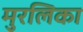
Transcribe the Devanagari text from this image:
मुरलिका